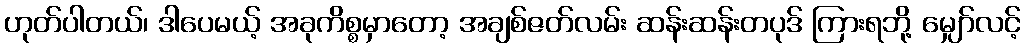
ဟုတ်ပါတယ်၊ ဒါပေမယ့် အခုကိစ္စမှာတော့ အချစ်ဇတ်လမ်း ဆန်းဆန်းတပုဒ် ကြားရဘို့ မျှော်လင့်